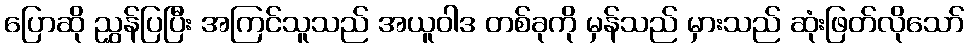
ပြောဆို ညွှန်ပြပြီး အကြင်သူသည် အယူဝါဒ တစ်ခုကို မှန်သည် မှားသည် ဆုံးဖြတ်လိုသော်